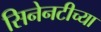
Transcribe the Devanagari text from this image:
सिनेनटीच्या